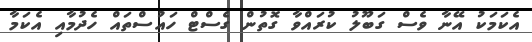
އެކަމަކު އޭނާ ވެސް ގަބޫލު ކުރައްވާ ގޮތުން ގެސްޓް ހައުސްތައް ހެދުމާއި އެކަމާ